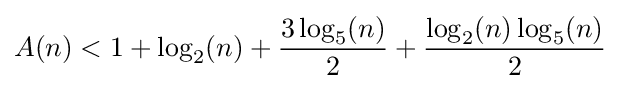
A(n)<1+\log _{2}(n)+{\frac {3\log _{5}(n)}{2}}+{\frac {\log _{2}(n)\log _{5}(n)}{2}}{\text{ }}